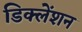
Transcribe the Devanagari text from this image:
डिक्लेंशन